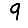
Digit: 9